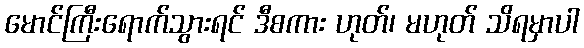
မောင်ကြီးရောက်သွားရင် ဒီစကား ဟုတ်၊ မဟုတ် သိရမှာပါ